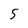
Character: S